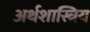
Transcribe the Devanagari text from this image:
अर्थशास्त्रिय